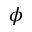
\phi